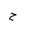
Letter: _ha